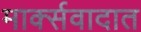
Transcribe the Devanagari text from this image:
मार्क्सवादात